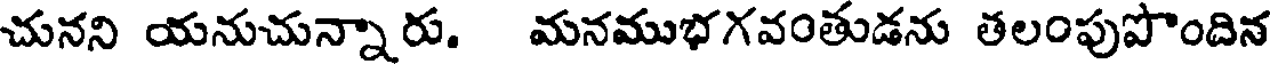
చునని యనుచున్నారు. మనముభగవంతుడను తలంపుపొందిన